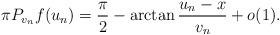
LaTeX: \begin{align*}\pi P_{v_n} f (u_n)&=\frac{\pi}{2}-\arctan\frac{u_n-x}{v_n}+o(1).\end{align*}